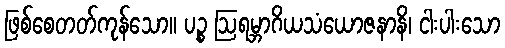
ဖြစ်စေတတ်ကုန်သော။ ပဉ္စ ဩရမ္ဘာဂိယသံယောဇနာနိ၊ ငါးပါးသော